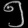
Digit: ၅